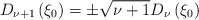
\begin{align*}D_{\nu +1}\left( \xi _{0}\right) =\pm \sqrt{\nu +1}D_{\nu }\left( \xi_{0}\right) \end{align*}